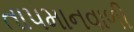
તાપમાનવાળી